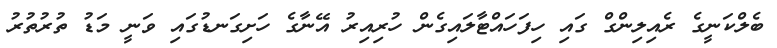
ބެލްކަނީގެ ރެއިލިންގް ގައި ހިފަހައްޓާލައިގެން ހުރިއިރު އޭނާގެ ހަށިގަނޑުގައި ވަނީ މަޑު ތުރުތުރު